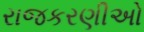
રાજકરણીઅો